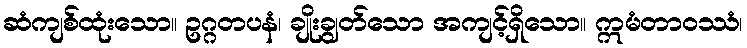
ဆံကျစ်ထုံးသော။ ဥဂ္ဂတပနံ၊ ချိုးချွတ်သော အကျင့်ရှိသော။ ဣမံတာဝဿံ၊